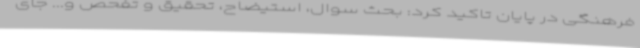
فرهنگی در پایان تاکید کرد: بحث سوال، استیضاح، تحقیق و تفحص و... جای